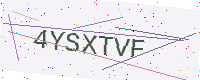
Text: 4YSXTVF